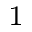
_ 1